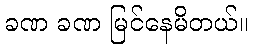
ခဏ ခဏ မြင်နေမိတယ်။